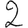
Digit: 2